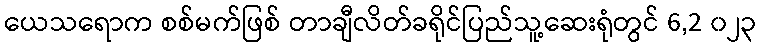
ယေသရောက စစ်မက်ဖြစ် တာချီလိတ်ခရိုင်ပြည်သူ့ဆေးရုံတွင် 6,2 ၀၂၃